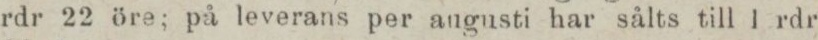
rdr 22 öre; på leverans per angusti har sålts till 1 rdr